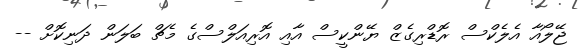
ޖޭލޯއާ އެލެކްސް ރޮޑްރިގެޒް ޔޭންކީސް އާއި އޮރިއަލްސްގެ މެޗް ބަލަން ދަނިކޮށް --